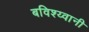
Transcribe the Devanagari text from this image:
बविश्य्वानी